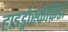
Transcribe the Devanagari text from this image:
हाइड्रोस्कैफ़िडी